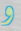
و